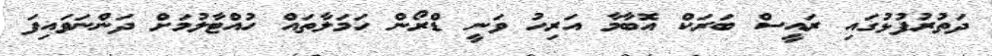
ދަތުރުފުޅުގައި ރައީސް ބަރަކް އޮބާމާ އަރިހު ވަނީ ޑްރޯން ހަމަލާތައް ހުއްޓާލުމަށް ދަންނަވައިފަ